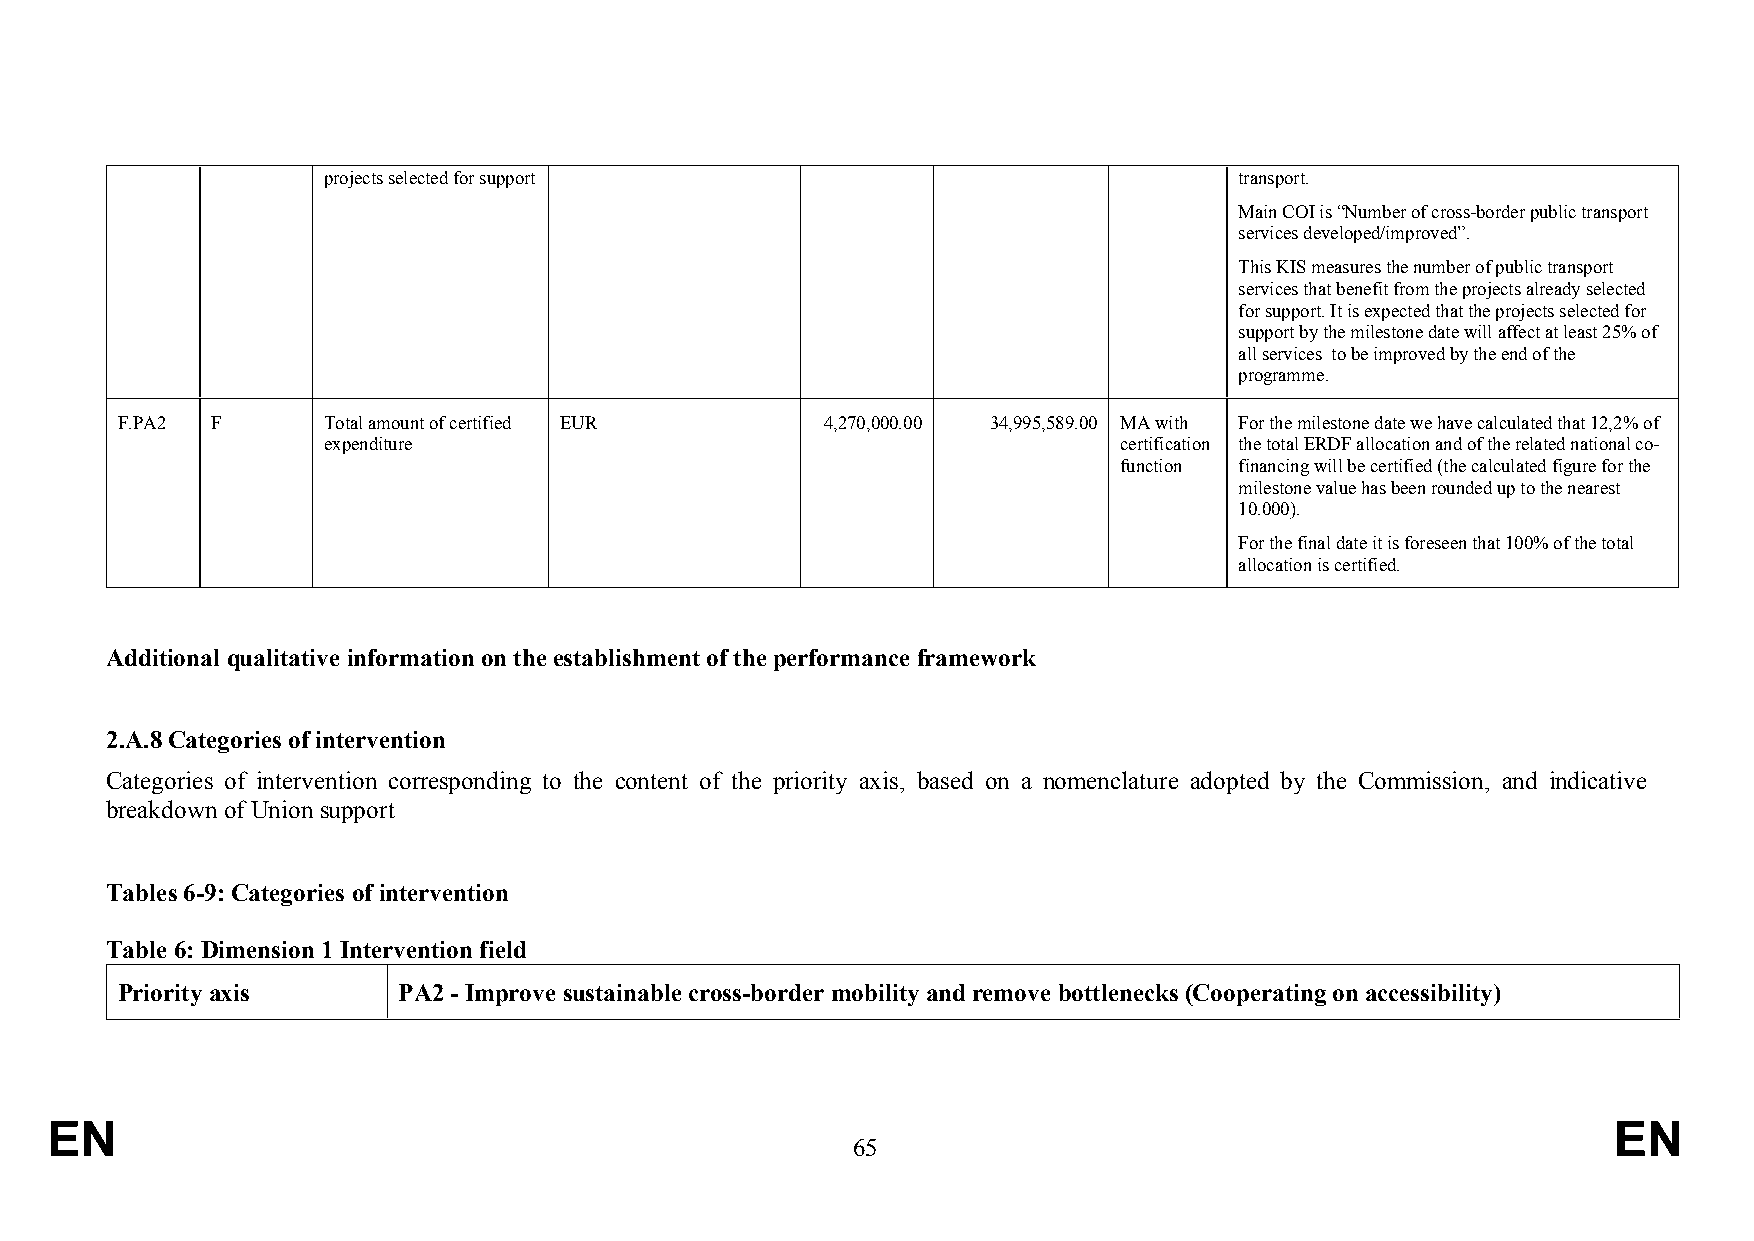
projects selected for support                                transport.
 Main COI is “Number of cross-border public transport
 services developed/improved”.
 This KIS measures the number of public transport
 services that benefit from the projects already selected
 for support. It is expected that the projects selected for
 support by the milestone date will affect at least 25% of
 all services to be improved by the end of the
 programme.
 F.PA2 F      Total amount of certified EUR     4,270,000.00 34,995,589.00 MA with For the milestone date we have calculated that 12,2% of
 expenditure                                          certification the total ERDF allocation and of the related national co-
 function financing will be certified (the calculated figure for the
 milestone value has been rounded up to the nearest
 10.000).
 For the final date it is foreseen that 100% of the total
 allocation is certified.
 Additional qualitative information on the establishment of the performance framework
 2.A.8 Categories of intervention
 Categories of intervention corresponding to the content of the priority axis, based on a nomenclature adopted by the Commission, and indicative
 breakdown of Union support
 Tables 6-9: Categories of intervention
 Table 6: Dimension 1 Intervention field
 Priority axis     PA2 - Improve sustainable cross-border mobility and remove bottlenecks (Cooperating on accessibility)
 EN                                                                                                      EN
 65